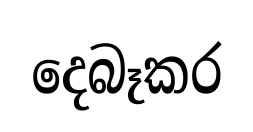
දෙබෑකර